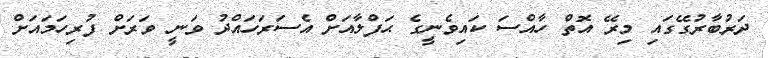
ދަރުބާރުގޭގައި މިރޭ އޮތް ހާއްސަ ކައިވެނީގެ ޙަފްލާއަށް އެސަރަހައްދު ވަނީ ވަރަށް ފުރިހަމައަށް